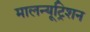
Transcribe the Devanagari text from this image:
मालन्यूट्रिशन